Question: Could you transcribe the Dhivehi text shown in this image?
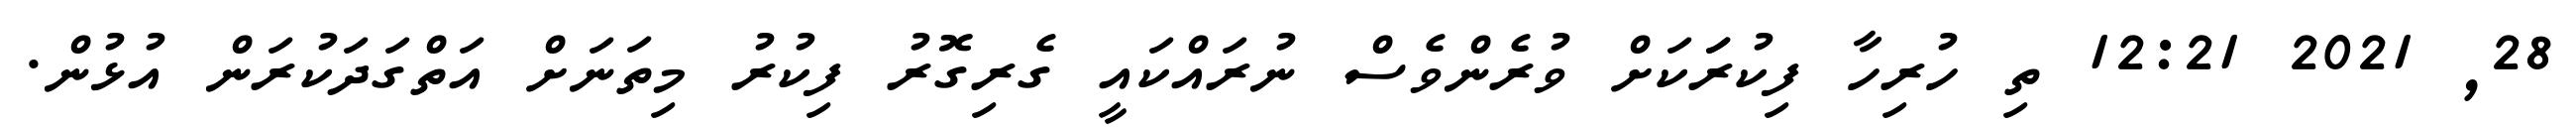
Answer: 28, 2021 12:21 ތި ހުރިހާ ފިކުރަަކަށް ވުރެންވެސް ނުރައްކައީ ގެރިގޮރު ފިކުރު މިތަނަށް އަތްގަދަކުރަން އުޅުން.